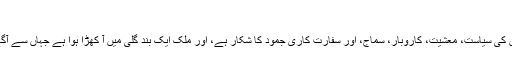
جنید قیصر دسمبر 8, 2019
عمران خان کی فاشسٹ طرز حکمرانی سے پاکستان کی سیاست، معشیت، کاروبار، سماج، اور سفارت کاری جمود کا شکار ہے، اور ملک ایک بند گلی میں آ کھڑا ہوا ہے جہاں سے آگے بڑھنے کی کوئی راہ سوجائی نہیں دے رہی ہے۔